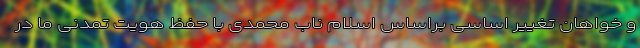
و خواهان تغییر اساسی براساس اسلام ناب محمدی با حفظ هویت تمدنی ما در